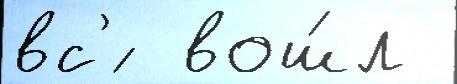
вс'́  вош́л